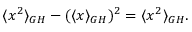
\langle x ^ { 2 } \rangle _ { G H } - ( \langle x \rangle _ { G H } ) ^ { 2 } = \langle x ^ { 2 } \rangle _ { G H } .